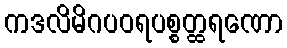
ကဒလိမိဂပဝရပစ္စတ္ထရဏော